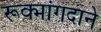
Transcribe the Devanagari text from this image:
रूक्मांगदाने